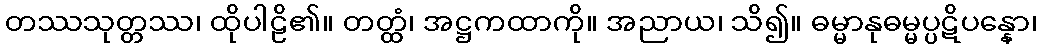
တဿသုတ္တဿ၊ ထိုပါဠိ၏။ တတ္ထံ၊ အဋ္ဌကထာကို။ အညာယ၊ သိ၍။ ဓမ္မာနုဓမ္မပ္ပဋိပန္နော၊